Vaccination in Bombay 1913-1923 - 1913-1923
Year: 1913
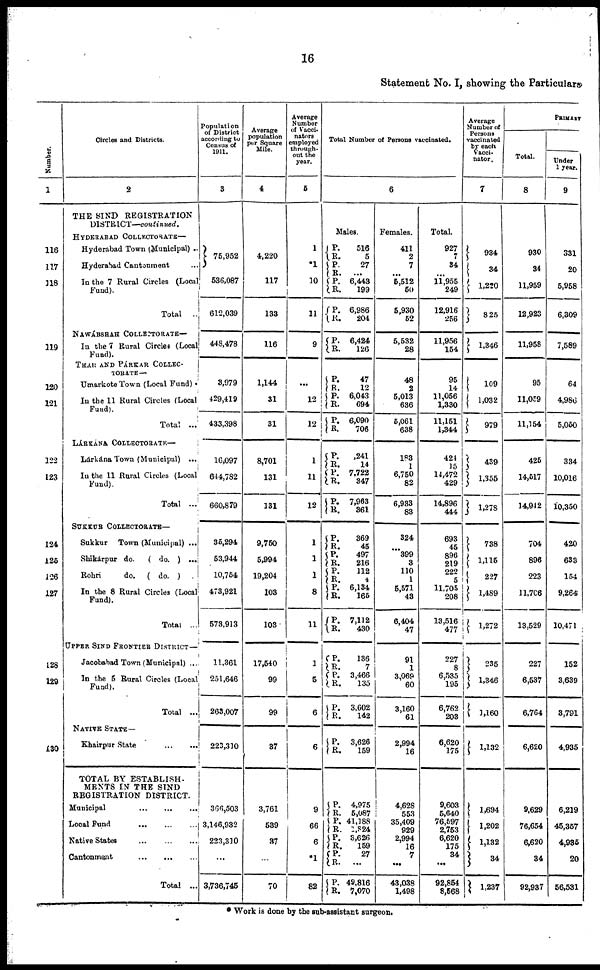
16
Statement No. I, showing the Particulars
Number.
1
116
117
118
119
120
121
122
123
124
125
126
127
128
129
130
Circles and Districts.
2
THE SIND REGISTRATION
DISTRICT—continued.
HYDERABAD COLLECTORATE—
Hyderabad Town (Municipal) ...
Hyderabad Cantonment ...
In the 7 Rural Circles (Local
Fund).
Total ..
NAWÁBSHAH COLLECTORATE—
In the 7 Rural Circles (Local
Fund).
THAR AND PÁRKAR COLLEC¬
TORATE —
Umarkote Town (Local Fund) .
In the 11 Rural Circles (Local
Fund).
Total ...
LÁRKÁNA COLLECTORATE—
Lárkána Town (Municipal) ...
In the 11 Rural Circles (Local
Fund).
Total ...
SUKKUR COLLECTORATE—
Sukkur Town (Municipal) ...
Shikárpur do.
( do. ) ...
Rohri
do. ( do. )...
In the 8 Rural Circles (Local
Fund).
Total ...
UPPER SIND FRONTIER DISTRICT—
Jacobabad Town (Municipal) ...
In the 5 Rural Circles (Local
Fund).
Total ...
NATIVE STATE—
Khairpur
State
...
...
TOTAL BY ESTABLISH-
MENTS IN THE SIND
REGISTRATION DISTRICT.
Municipal
...
...
...
Local Fund
...
...
...
Native States
...
...
...
Cantonment
...
...
...
Total ...
Population
of District
according to
Census of
1911.
3
75,952
536,087
612,039
448,478
3,979
429,419
433,398
16,097
644,782
660,879
35,294
53,944
10,754
473,921
573,913
11,361
251,646
263,007
223,310
366,503
3,146,932
223,310
...
3,736,745
Average
population
per Square
Mile.
4
4,220
117
133
116
1,144
31
31
8,701
131
131
9,750
5,994
19,204
103
103
17,540
99
99
37
3,761
539
37
...
70
Average
Number
of Vacci¬
nators
employed
through-
out the
year.
5
1
*1
10
11
9
...
12
12
1
11
12
1
1
1
8
11
1
5
6
6
9
66
6
*1
82
Total Number of Persons vaccinated.
6
Males.
P.
R.
P.
R.
P.
R.
P.
R.
516
5
27
...
6,443
199
6,986
204
P.
R. 6,424
126
P.
R.
P.
R.
P.
R.
47
12
6,043
694
6,090
706
P.
R. P.
R.
P.
R.
,241
14
7,722
347
7,963
361
P.
R.
P.
R.
P.
R.
P.
R.
P.
R.
369
45
497
216
112
4
6,134
165
7,112
430
P.
R.
P.
R.
P.
R.
136
7
3,466
135
3,602
142
P.
R.
3,626
159
P.
R. P.
R.
P. R.
P.
R.
P.
R.
4,975
5,087
41,188
1,824
3,626
159
27
...
49,816
7,070
Females.
411
2
7
...
5,512
50
5,930
52
5,532
28
48
2
5,013
636
5,061
638
183
1
6,750
82
6,933
83
324
...
399
3
110
1
5,571
43
6,404
47
91
1
3,069
60
3,160
61
2,994
16
4,628
553
35,409
929
2,994
16
7
...
43,038
1,498
Total.
927
7
34
...
11,955
249
12,916
256
11,956
154
95
14
11,056
1,330
11,151
1,344
424
15
14,472
429
14,896
444
693
45
896
219
222
5
11,705
208
13,516
477
227
8
6,535
195
6,762
203
6,620
175
9,603
5,640
76,597
2,753
6,620
175
34
...
92,854
8,568
Average
Number of
Persons
vaccinated
by each
Vacci¬
nator.
7
934
34
1,220
825
1,346
109
1,032
979
439
1,355
1,278
738
1,115
227
1,489
1,272
235
1,346
1,160
1,132
1,694
1,202
1,132
34
1,237
PRIMARY
Total.
8
930
34
11,959
12,923
11,958
95
11,059
11,154
425
14,517
14,942
704
896
223
11,706
13,529
227
6,537
6,764
6,620
9,629
76,654
6,620
34
92,937
Under
1 year.
9
331
20
5,958
6,309
7,589
64
4,986
5,050
334
10,016
10,350
420
633
154
9,264
10,471
152
3,639
3,791
4,935
6,219
45,357
4,935
20
56,531
* Work is done by the sub-assistant surgeon.